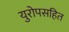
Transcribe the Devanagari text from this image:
युरोपसहित